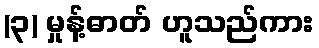
(၃) မှုန့်ဓာတ် ဟူသည်ကား